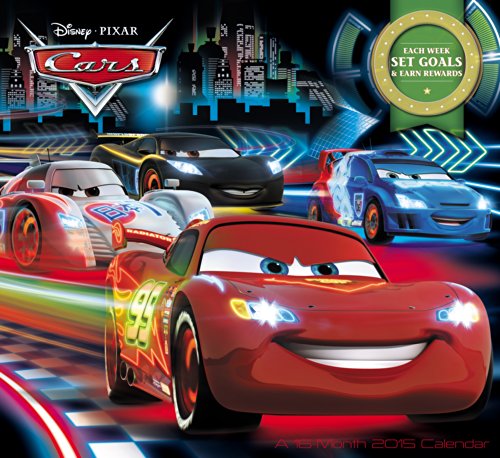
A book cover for Disney Pixar Cars Wall Calendar (2015); Day Dream; Calendars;